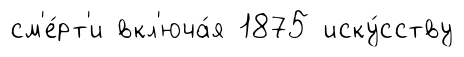
см'е́рт'и вкл'юча́я 1875 иску́сству